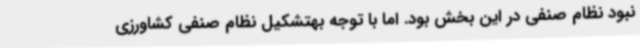
نبود نظام صنفی در این بخش بود. اما با توجه بهتشکیل نظام صنفی کشاورزی